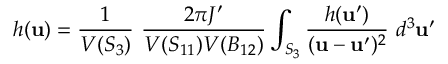
h ( { \bf u } ) = \frac { 1 } { V ( S _ { 3 } ) } \ \frac { 2 \pi J ^ { \prime } } { V ( S _ { 1 1 } ) V ( B _ { 1 2 } ) } \int _ { S _ { 3 } } \frac { h ( { \bf u } ^ { \prime } ) } { ( { \bf u } - { \bf u } ^ { \prime } ) ^ { 2 } } \ d ^ { 3 } { \bf u } ^ { \prime }